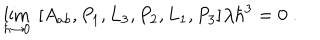
\lim _ { \hbar \rightarrow 0 } \; \left[ A _ { a b } , P _ { 1 } , L _ { 3 } , P _ { 2 } , L _ { 1 } , P _ { 3 } \right] / \hbar ^ { 3 } = 0 \; .